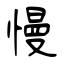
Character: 慢